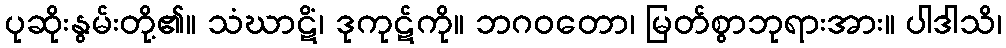
ပုဆိုးနွမ်းတို့၏။ သံဃာဋိံ၊ ဒုကုဋ်ကို။ ဘဂဝတော၊ မြတ်စွာဘုရားအား။ ပါဒါသိ၊